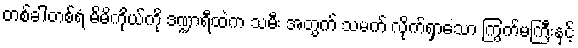
တစ်ခါတစ်ရံ မိမိကိုယ်ကို ဒဏ္ဍာရီထဲက သမီး အတွက် သမက် လိုက်ရှာသော ကြွက်မကြီးနှင့်